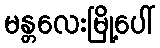
မန္တလေးမြို့ပေါ်